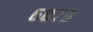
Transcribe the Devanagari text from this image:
६०७९